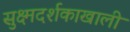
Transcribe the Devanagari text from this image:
सुक्ष्मदर्शकाखाली